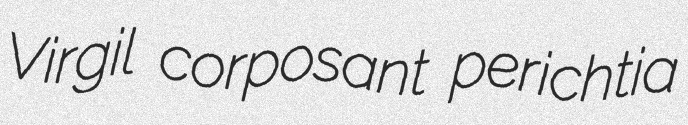
Virgil corposant perichtia